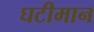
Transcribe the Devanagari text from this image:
घटीमान